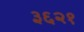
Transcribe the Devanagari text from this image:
३६२१